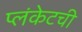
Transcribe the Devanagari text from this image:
प्लंकेटची